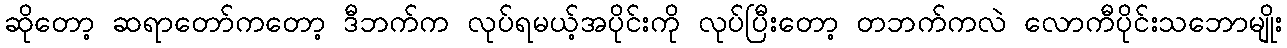
ဆိုတော့ ဆရာတော်ကတော့ ဒီဘက်က လုပ်ရမယ့်အပိုင်းကို လုပ်ပြီးတော့ တဘက်ကလဲ လောကီပိုင်းသဘောမျိုး